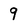
Character: 9